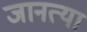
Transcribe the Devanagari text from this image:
जानत्या